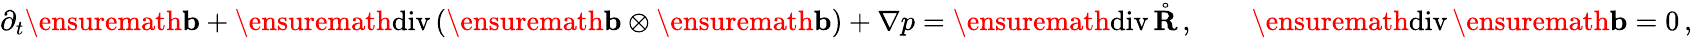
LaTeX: \partial_{t}\ensuremath{\mathbf{b}}+\ensuremath{\mathrm{div\, }}(\ensuremath{\mathbf{b}}\otimes\ensuremath{\mathbf{b}})+\nabla p=\ensuremath{\mathrm{div\, }}\mathring{\mathbf{R}}\, ,\qquad\ensuremath{\mathrm{div\, }}\ensuremath{\mathbf{b}}=0\, ,